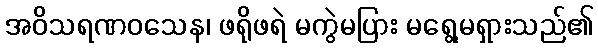
အဝိသရဏဝသေန၊ ဖရိုဖရဲ မကွဲမပြား မရွေ့မရှားသည်၏